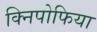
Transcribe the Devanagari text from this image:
क्निपोफिया